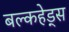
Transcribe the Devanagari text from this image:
बल्‍कहेड्स